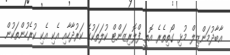
އާބާދުމަންޒިލް މުޅި ގޯތިތެރެ އޮތީ ފްލޮރިޒަންޓް ކުލަތަކުގެ ކަރުދާހާއި އެކި އެކި ކުރެހުންތަކުން